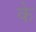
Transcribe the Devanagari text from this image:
के